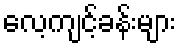
လေ့ကျင့်ခန်းများ